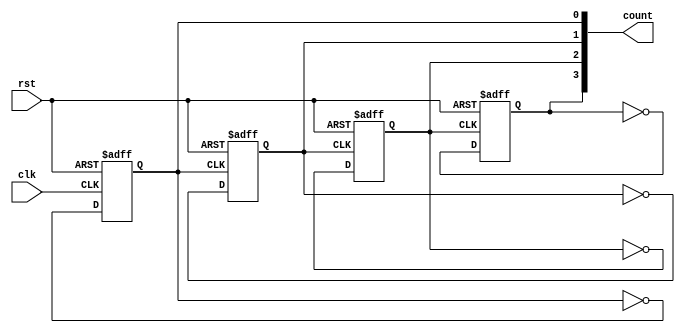
module async_ripple_counter (
    input wire clk,         // Clock input
    input wire rst,         // Asynchronous reset
    output reg [n-1:0] count // n-bit counter output
);
    parameter n = 4; // Change this parameter to set the number of bits in the counter

    // Always block for the first flip-flop (LSB)
    always @(posedge clk or posedge rst) begin
        if (rst) begin
            count[0] <= 1'b0; // Reset LSB
        end else begin
            count[0] <= ~count[0]; // Toggle LSB
        end
    end

    // Always block for subsequent flip-flops
    genvar i;
    generate
        for (i = 1; i < n; i = i + 1) begin : ripple_ff
            always @(posedge count[i-1] or posedge rst) begin
                if (rst) begin
                    count[i] <= 1'b0; // Reset the flip-flop
                end else begin
                    count[i] <= ~count[i]; // Toggle the flip-flop
                end
            end
        end
    endgenerate
endmodule